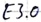
Text: E3.0